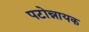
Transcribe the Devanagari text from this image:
पटोन्नायक